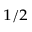
_ { 1 / 2 }